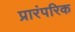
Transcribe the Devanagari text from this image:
प्रारंपरिक